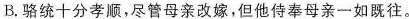
B.骆统十分孝顺，尽管母亲改嫁，但他侍奉母亲一如既往。